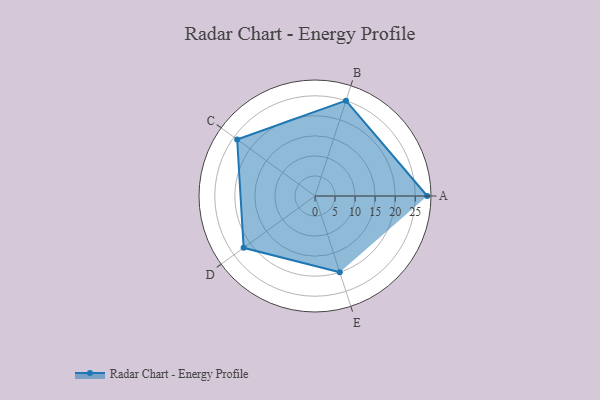
{"axis": {"x": "Skill", "y": "Score"}, "legend": ["Profile"], "data": [{"x": "A", "y": 28.0, "type": "Profile"}, {"x": "B", "y": 25.0, "type": "Profile"}, {"x": "C", "y": 24.0, "type": "Profile"}, {"x": "D", "y": 22.0, "type": "Profile"}, {"x": "E", "y": 20, "type": "Profile"}]}